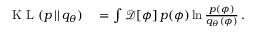
\begin{array} { r l } { \textrm { K L } ( p \, | | \, q _ { \theta } ) } & { { } = \int \mathcal { D } [ \phi ] \, p ( \phi ) \ln \frac { p ( \phi ) } { q _ { \theta } ( \phi ) } \, . } \end{array}